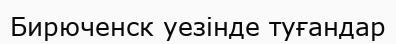
Бирюченск уезінде туғандар